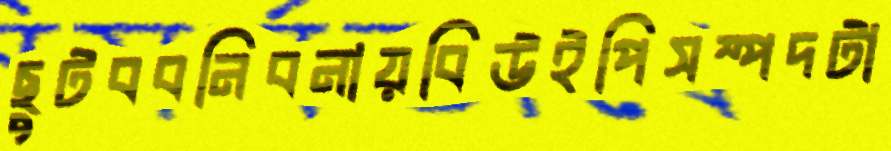
ছুটববনিবনায়বিউইপিসম্পদটা